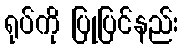
ရုပ်ကို ပြုပြင်နည်း